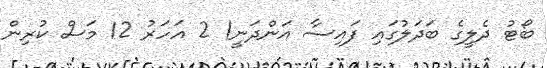
ބޯޓު ދެލީގެ ބަދަލުގައި ފައިސާ އަންދަނީ! 2 އަހަރު 12 މަސް ކުރިން